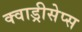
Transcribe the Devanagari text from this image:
क्वाड्रीसेप्स